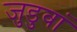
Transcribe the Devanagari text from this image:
जुडुवां